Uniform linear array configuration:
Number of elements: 64
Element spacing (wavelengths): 0.75
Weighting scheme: blackman
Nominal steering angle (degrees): -60
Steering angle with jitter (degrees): -60.497
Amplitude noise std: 0.05
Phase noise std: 0.05

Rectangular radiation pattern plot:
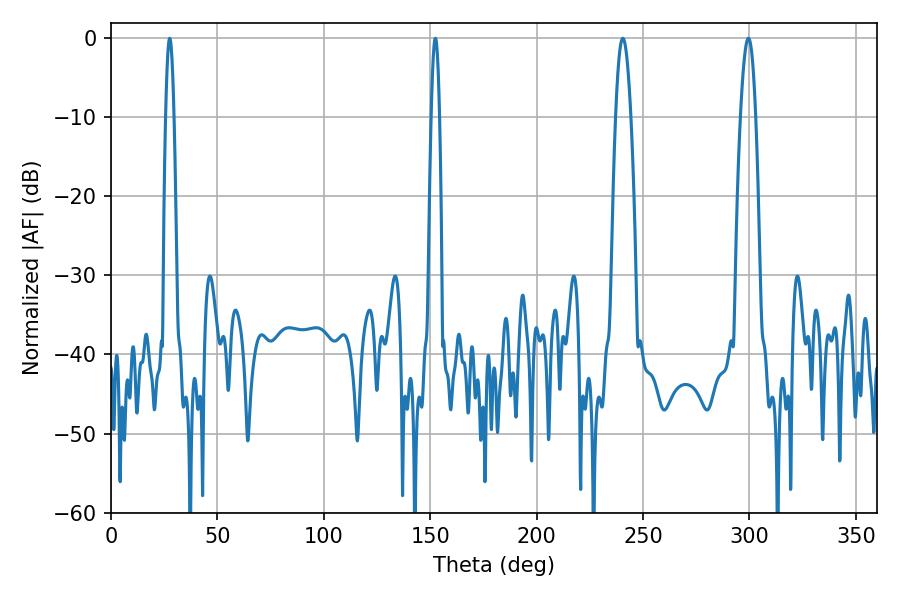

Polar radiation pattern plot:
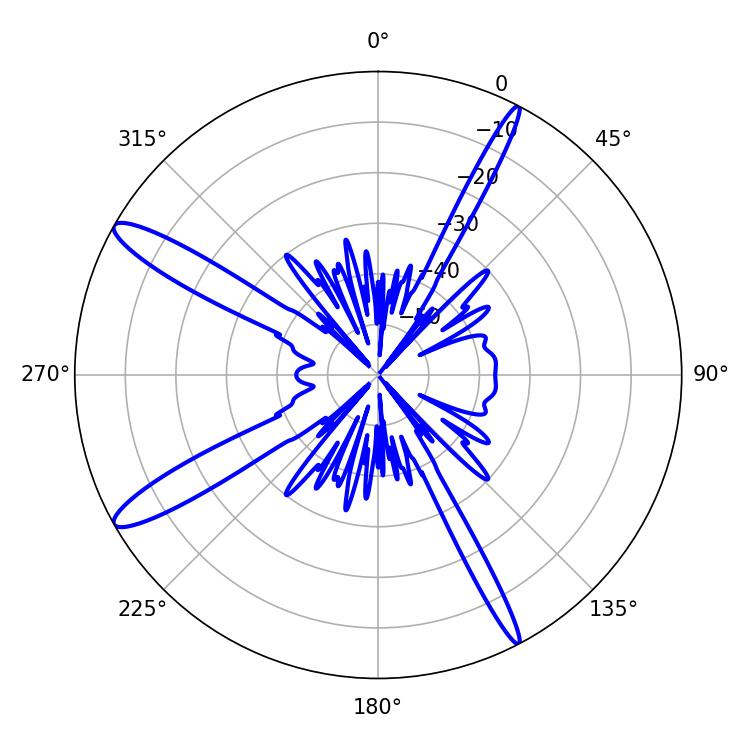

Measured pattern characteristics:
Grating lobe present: TRUE
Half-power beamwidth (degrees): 3.78
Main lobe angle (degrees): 299.52